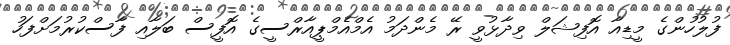
ފުލުހުންގެ މީޑިއާ އޮފިޝަލް ވިދާޅުވީ ރޭ މެންދަމު އެމްއެމްޕީއާރްސީގެ އޮފީސް ބަލާއި ފާސްކުރުމަށްފަހު